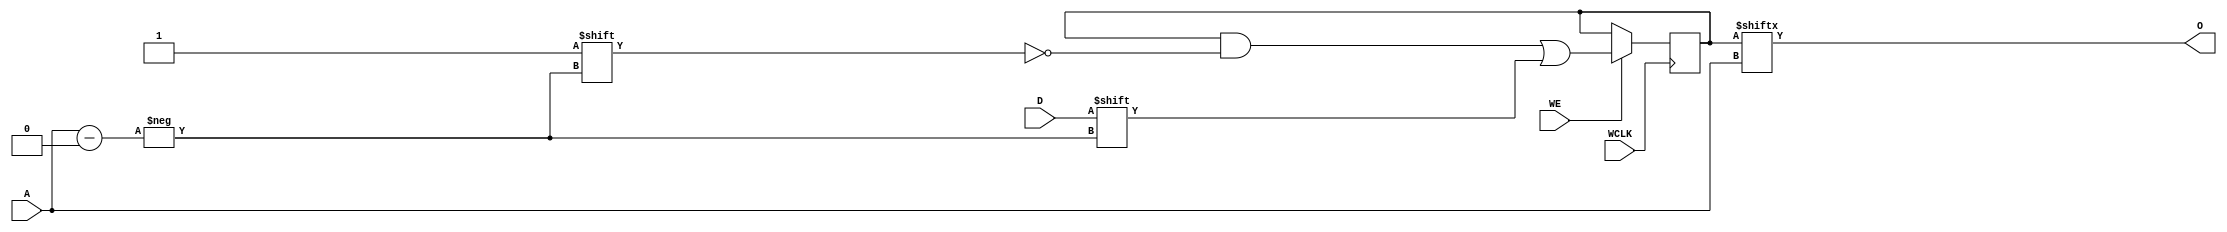
module RAM512X1S (
  output O,
  input [8:0] A,
  input D,
  (* clkbuf_sink *)
  (* invertible_pin = "IS_WCLK_INVERTED" *)
  input WCLK,
  input WE
);
  parameter [511:0] INIT = 512'h0;
  parameter [0:0] IS_WCLK_INVERTED = 1'b0;
  reg [511:0] mem = INIT;
  assign O = mem[A];
  wire clk = WCLK ^ IS_WCLK_INVERTED;
  always @(posedge clk) if (WE) mem[A] <= D;
endmodule